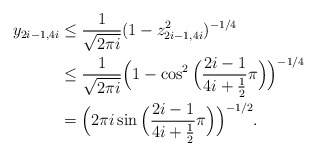
\begin{align*} y_{2i-1,4i} &\leq \frac{1}{\sqrt{2\pi i}}(1-z_{2i-1,4i}^2)^{-1/4} \\ &\leq \frac{1}{\sqrt{2\pi i}}\Big(1-\cos^2\Big(\frac{2i-1}{4i+\frac{1}{2}}\pi\Big)\Big)^{-1/4} \\&=\Big(2\pi i\sin\Big(\frac{2i-1}{4i+\frac{1}{2}}\pi\Big)\Big)^{-1/2}.\end{align*}